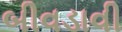
બીવડાવી